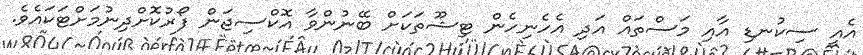
އެއީ ސިކުނޑި އާއި މަސްތައް އަދި އެހެނިހެން ޓިޝޫތަކަށް ބޭނުންވާ އޮކްސިޖަން ފޯރުކޮށްދިނުމަށްޓަކައެވެ.